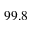
9 9 . 8